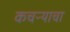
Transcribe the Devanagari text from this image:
कचऱ्याचा